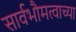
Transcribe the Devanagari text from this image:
सार्वभौमत्वाच्या